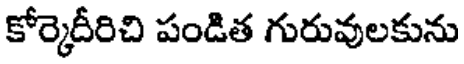
కోర్కెదీరిచి పండిత గురువులకును